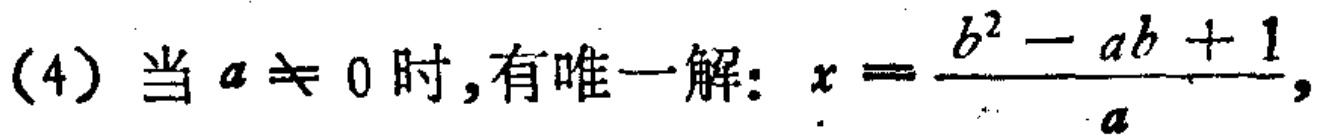
(4) 当 \(a\neq 0\) 时,有唯一解: \(x = \frac{b^{2}-ab + 1}{a}\),